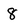
Character: 8